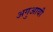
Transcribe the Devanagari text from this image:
अगुआयी